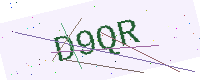
Text: D9QR